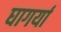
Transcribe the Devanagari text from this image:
घागर्या